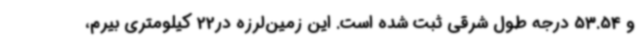
و 53.54 درجه طول شرقی ثبت شده است. این زمین‌لرزه در22 کیلومتری بیرم،